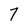
Character: 7